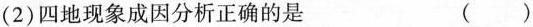
(2) 四地现象成因分析正确的是 ()